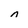
Character: n